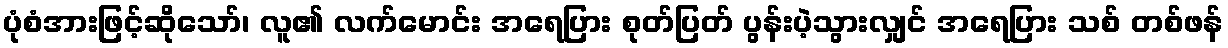
ပုံစံအားဖြင့်ဆိုသော်၊ လူ၏ လက်မောင်း အရေပြား စုတ်ပြတ် ပွန်းပဲ့သွားလျှင် အရေပြား သစ် တစ်ဖန်